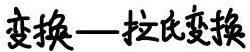
变换—拉氏变换